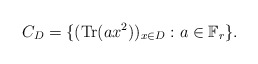
\begin{align*} C_{D}=\{(\mathrm{Tr}(ax^2))_{x\in D}: a\in \mathbb{F}_{r}\}.\end{align*}